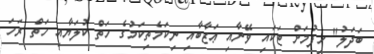
ބަދަލު" ހިފުމަށް ޓަކައި ވޭނާއި ޢަޒާބާއި ނިކަމެތިކަމުގެ ހަތް ކުލަޔާއި ހަތް ރަހަ